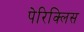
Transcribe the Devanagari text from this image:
पेरिक्लिस